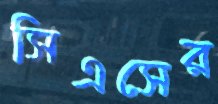
সিএসের